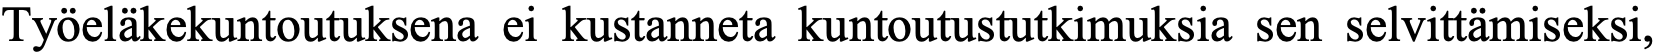
Työeläkekuntoutuksena ei kustanneta kuntoutustutkimuksia sen selvittämiseksi,